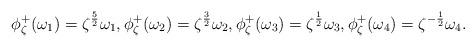
LaTeX: \begin{align*}\begin{aligned} \phi_{\zeta}^+(\omega_1) = \zeta^{\frac{5}{2}}\omega_1, \phi_{\zeta}^+(\omega_2) = \zeta^{\frac{3}{2}}\omega_2, \phi_{\zeta}^+(\omega_3) = \zeta^{\frac{1}{2}}\omega_3, \phi_{\zeta}^+(\omega_4) = \zeta^{-\frac{1}{2}}\omega_4. \end{aligned}\end{align*}